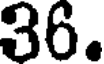
36.